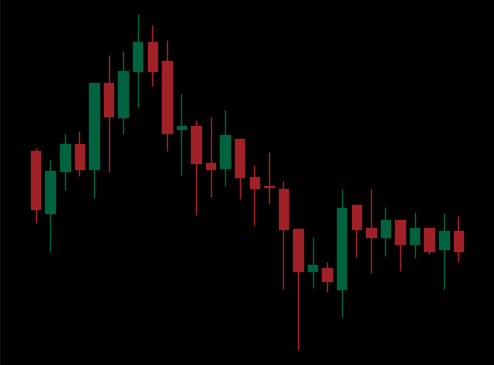
Pattern: unclassified